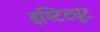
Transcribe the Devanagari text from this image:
इस्टिट्यूट